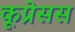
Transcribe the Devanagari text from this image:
कूप्रेसस